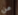
عن